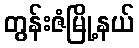
တွန်းဇံမြို့နယ်